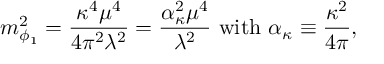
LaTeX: m _ { \phi _ { 1 } } ^ { 2 } = \frac { \kappa ^ { 4 } \mu ^ { 4 } } { 4 \pi ^ { 2 } \lambda ^ { 2 } } = \frac { \alpha _ { \kappa } ^ { 2 } \mu ^ { 4 } } { \lambda ^ { 2 } } ~ \mathrm { w i t h } ~ \alpha _ { \kappa } \equiv \frac { \kappa ^ { 2 } } { 4 \pi } ,